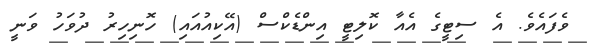
ވެފައެވެ. އެ ސިޓީގެ އެއާ ކޮލިޓީ އިންޑެކްސް (އޭކިއުއައި) ހޮނިހިރު ދުވަހު ވަނީ